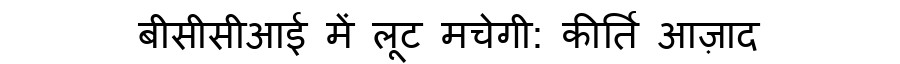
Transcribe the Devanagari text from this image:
बीसीसीआई में लूट मचेगी: कीर्ति आज़ाद